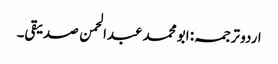
اردو ترجمہ: ابو محمد عبدالحمن صدیقی۔